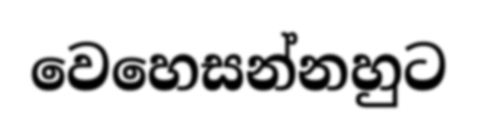
වෙහෙසන්නහුට